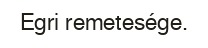
Egri remetesége.